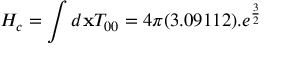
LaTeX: H _ { c } = \int d { \bf x } T _ { 0 0 } = 4 \pi ( 3 . 0 9 1 1 2 ) . e ^ { \frac { 3 } { 2 } }